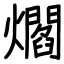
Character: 爓